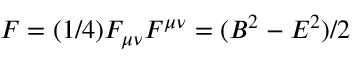
{ \cal F } = ( 1 / 4 ) F _ { \mu \nu } F ^ { \mu \nu } = ( B ^ { 2 } - E ^ { 2 } ) / 2